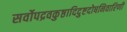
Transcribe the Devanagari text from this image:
सर्वोपद्रवकुष्ठादिदुष्टदोषनिवारिणी